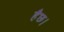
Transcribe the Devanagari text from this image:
हैछ।